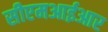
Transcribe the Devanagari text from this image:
सीएमआईआर